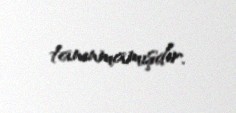
tanınmamışdır.